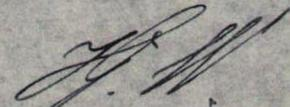
Hj. W.